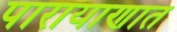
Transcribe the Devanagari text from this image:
पारायाणात